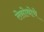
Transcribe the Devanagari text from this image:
लेसोथोचे